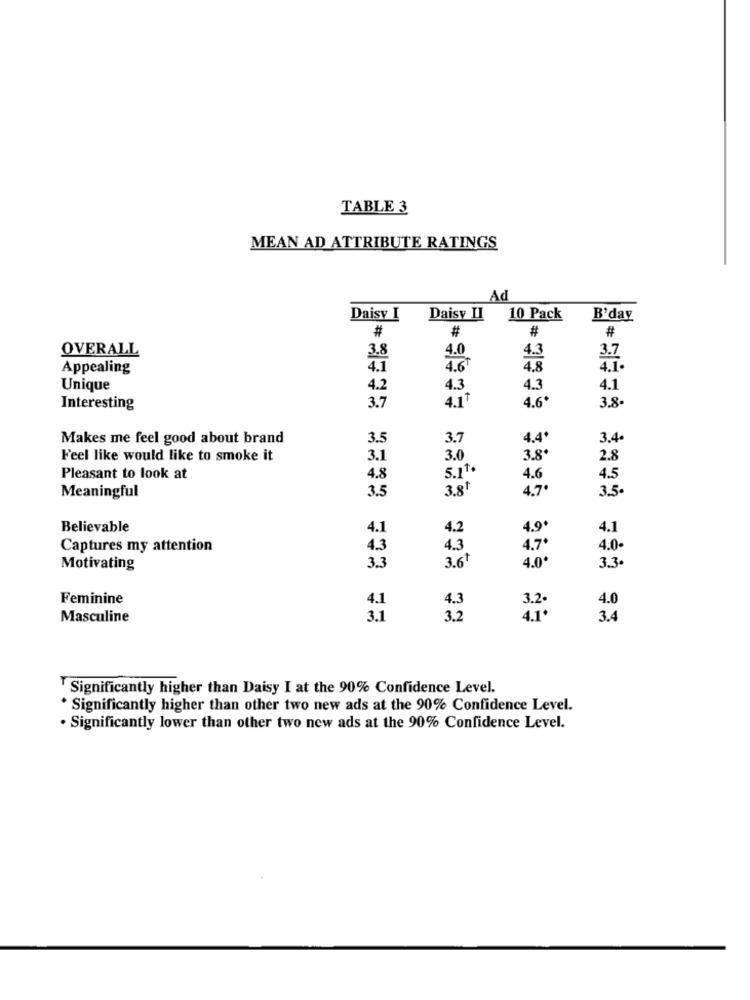
TABLE 3
MEAN AD ATTRIBUTE RATINGS
Ad
Daisy I
Daisy II
10 Pack
B'day
#
#
#
#
OVERALL
4.0
Appealing
4.6º
4.8
Unique
4.2
4.3
4.3
4.1
3.7
Interesting
4.11
4.6*
3.8
Makes me feel good about brand
3.5
3.7
4.4º
3.4.
Feel like would like to smoke it
3.1
3.0
3.8*
2.8
5.11.
Pleasant to look at
4.8
4.6
4.5
3.8+
4.7*
3.5.
Meaningful
3.5
Believable
4.1
4.2
4.9*
4.1
Captures my attention
4.3
4.3
4.7º
4.0.
3.6+
Motivating
3.3
4.0'
3.3+
Feminine
4.1
4.3
3.2
4.0
Masculine
3.1
3.2
4.1.
3.4
Significantly higher than Daisy I at the 90% Confidence Level.
* Significantly higher than other two new ads at the 90% Confidence Level.
· Significantly lower than other two new ads at the 90% Confidence Level.